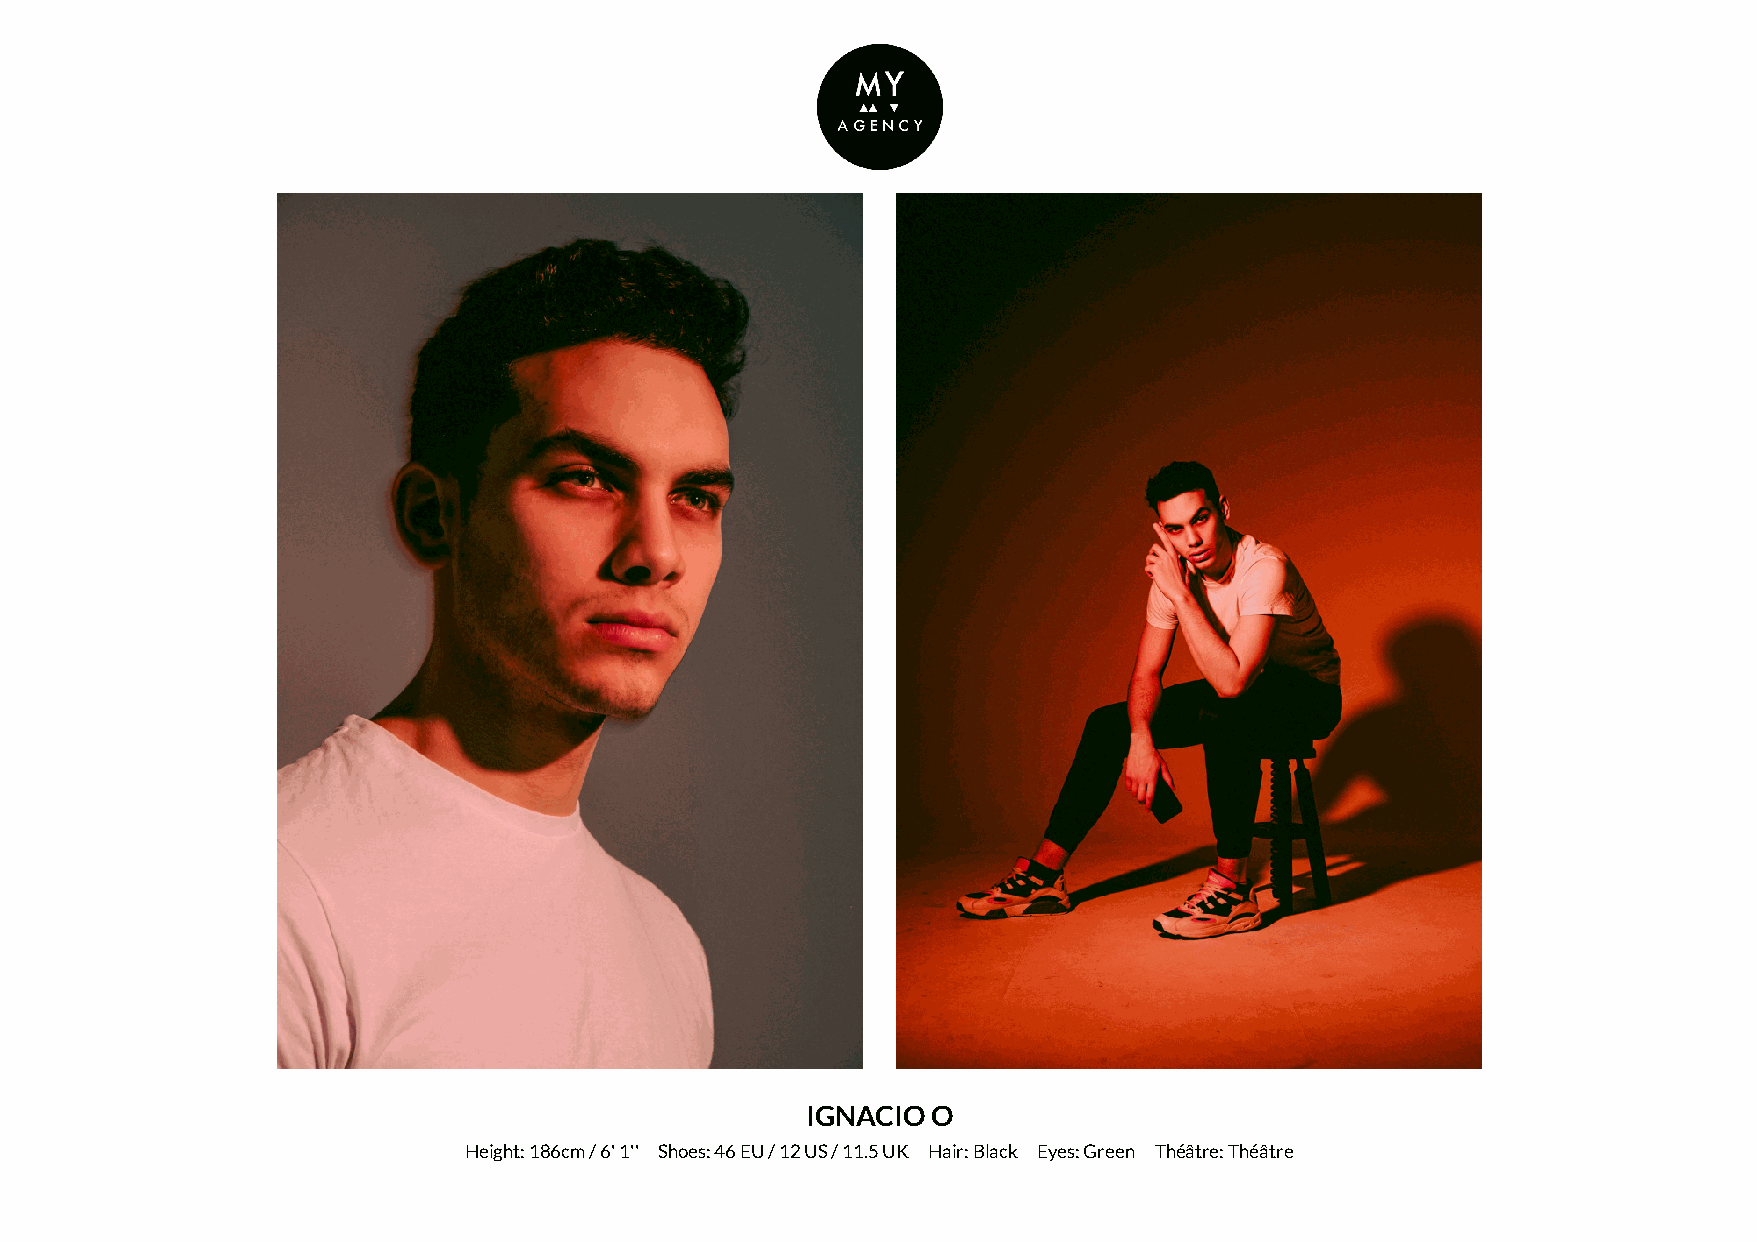
IGNACIO  O
 Height: 186cm / 6' 1'' Shoes: 46 EU / 12 US / 11.5 UK Hair: Black Eyes: Green Théâtre: Théâtre